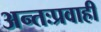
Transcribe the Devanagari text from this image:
अन्तःप्रवाही